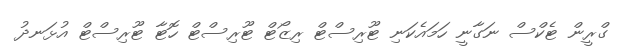
ގްރީން ޓެކްސް ނަގާނީ ހަމައެކަނި ޓޫރިސްޓް ރިޒޯޓް ޓޫރިސްޓް ހޮޓާ ޓޫރިސްޓް އުޅަނދު